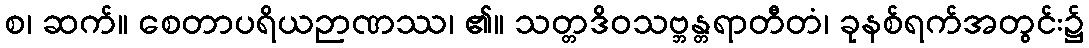
စ၊ ဆက်။ စေတာပရိယဉာဏဿ၊ ၏။ သတ္တဒိဝသဗ္ဘန္တရာတီတံ၊ ခုနစ်ရက်အတွင်း၌